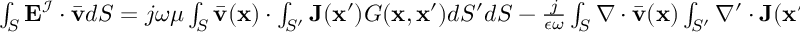
\begin{array} { r } { \int _ { S } \mathbf { E } ^ { \mathcal { I } } \cdot \bar { \mathbf { v } } d S = j \omega \mu \int _ { S } \bar { \mathbf { v } } ( \mathbf { x } ) \cdot \int _ { S ^ { \prime } } \mathbf { J } ( \mathbf { x } ^ { \prime } ) G ( \mathbf { x } , \mathbf { x } ^ { \prime } ) d S ^ { \prime } d S - \frac { j } { \epsilon \omega } \int _ { S } \nabla \cdot \bar { \mathbf { v } } ( \mathbf { x } ) \int _ { S ^ { \prime } } \nabla ^ { \prime } \cdot \mathbf { J } ( \mathbf { x } ^ { \prime } ) G ( \mathbf { x } , \mathbf { x } ^ { \prime } ) d S ^ { \prime } d S } \end{array}